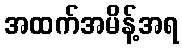
အထက်အမိန့်အရ